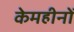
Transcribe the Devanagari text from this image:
केमहीनों